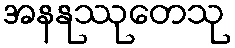
အနနုဿုတေသု